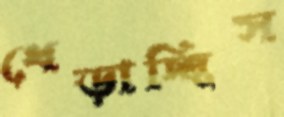
ধেড়াচ্ছিস